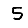
Digit: 5